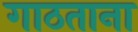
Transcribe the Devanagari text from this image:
गाठताना